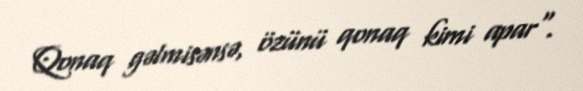
Qonaq gəlmisənsə, özünü qonaq kimi apar".